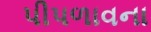
પીપળાવના